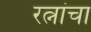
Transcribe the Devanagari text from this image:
रत्नांचा